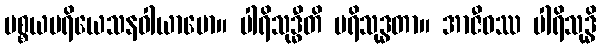
ပစ္စယပရိယေသနဝါယာမော။ ပါရိသုဒ္ဓီတိ ပရိသုဒ္ဓတာ။ အာဇီဝဿ ပါရိသုဒ္ဓိ